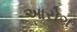
આરોગ